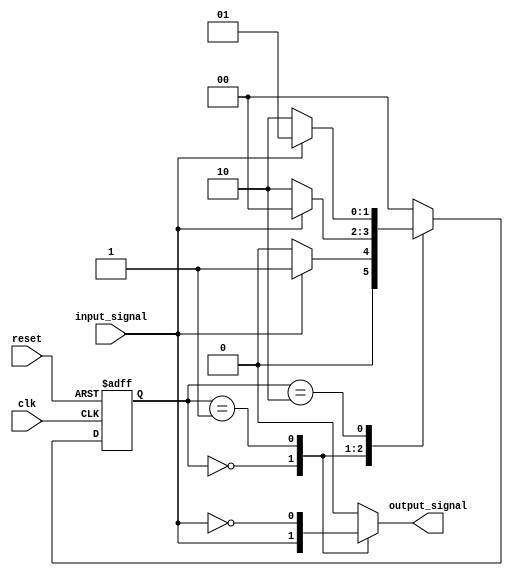
module Mealy_State_Machine (
    input wire clk,
    input wire reset,
    input wire input_signal,
    output reg output_signal
);

// Define states
parameter S0 = 2'b00;
parameter S1 = 2'b01;
parameter S2 = 2'b10;

// Define current state and next state
reg [1:0] current_state, next_state;

// Define output function
always @ (current_state or input_signal)
begin
    case (current_state)
        S0: output_signal = input_signal;
        S1: output_signal = ~input_signal;
        S2: output_signal = input_signal & ~input_signal;
        default: output_signal = 1'b0;
    endcase
end

// Define state transitions
always @ (posedge clk or posedge reset)
begin
    if (reset)
        current_state <= S0;
    else
        current_state <= next_state;
end

// Define next state logic
always @ (*)
begin
    case (current_state)
        S0: next_state = input_signal ? S1 : S0;
        S1: next_state = ~input_signal ? S2 : S0;
        S2: next_state = input_signal ? S1 : S2;
        default: next_state = S0;
    endcase
end

endmodule